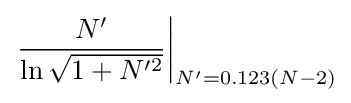
\left.{\frac {N'}{\ln {\sqrt {1+N'^{2}}}}}\right|_{N'=0.123(N-2)}